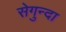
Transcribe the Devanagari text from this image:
सेगुन्दा